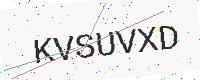
Text: KVSUVXD